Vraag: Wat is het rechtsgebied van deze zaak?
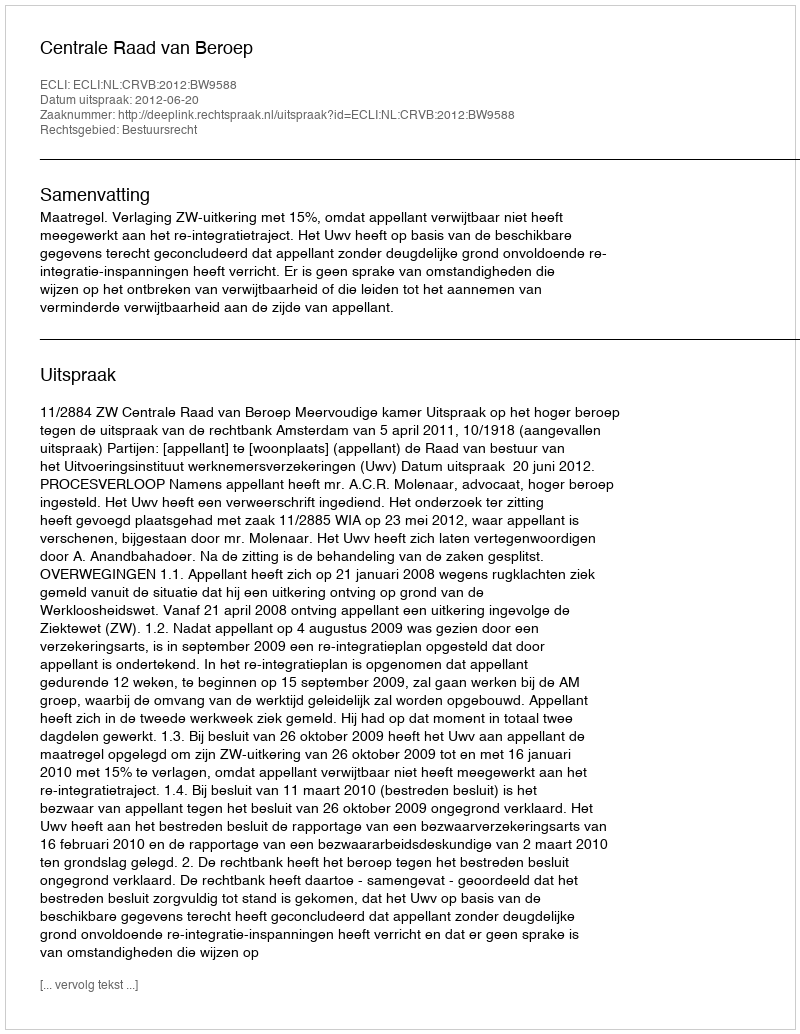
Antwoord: Bestuursrecht